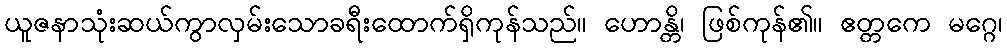
ယူဇနာသုံးဆယ်ကွာလှမ်းသောခရီးထောက်ရှိကုန်သည်။ ဟောန္တိ၊ ဖြစ်ကုန်၏။ ဧတ္တကေ မဂ္ဂေ၊